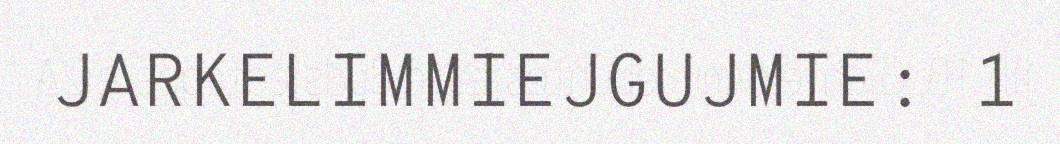
JARKELIMMIEJGUJMIE: 1